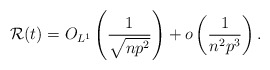
\begin{align*}{\cal R}(t)=O_{L^1}\left(\frac{1}{\sqrt{np^2}}\right) + o\left( \frac{1}{n^2p^3}\right). \end{align*}